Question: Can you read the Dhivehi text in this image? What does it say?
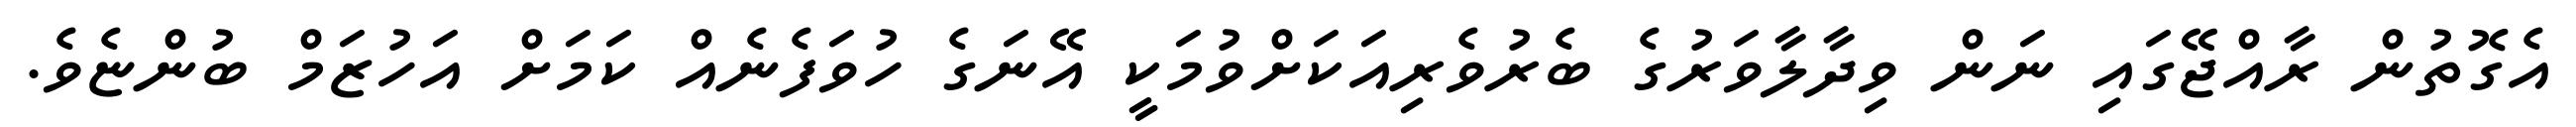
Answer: އެގޮތުން ރާއްޖޭގައި ނަން ވިދާލާވަރުގެ ބެރުވެރިއަކަށްވުމަކީ އޭނަގެ ހުވަފެނެއް ކަމަށް އަހުޒަމް ބުންޏެވެ.